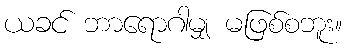
ယခင် ဘာရောဂါမျှ မဖြစ်စဘူး။